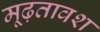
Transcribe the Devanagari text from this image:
मूढ़तावश